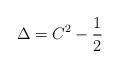
LaTeX: \begin{align*}\Delta = C^2 - {1\over 2} \end{align*}